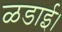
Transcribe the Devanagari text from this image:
ळडाई।